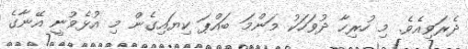
ދެރަވިއެވެ. މި ހުރިހާ ދުވަހަކު މަންމަ ބައްޕަ ކިޔައިގެން މި އުޅެވުނީ އޭނާގެ